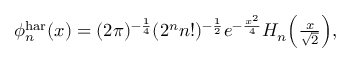
\begin{array} { r } { \phi _ { n } ^ { \mathrm { h a r } } ( x ) = ( 2 \pi ) ^ { - \frac { 1 } { 4 } } ( 2 ^ { n } n ! ) ^ { - \frac { 1 } { 2 } } e ^ { - \frac { x ^ { 2 } } { 4 } } H _ { n } \Big ( \frac { x } { \sqrt { 2 } } \Big ) , } \end{array}